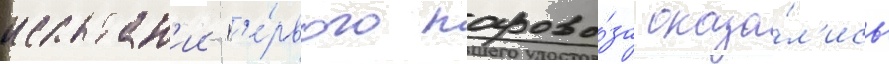
испытан'ии п'е́рвого парово́за оказа́л'ись